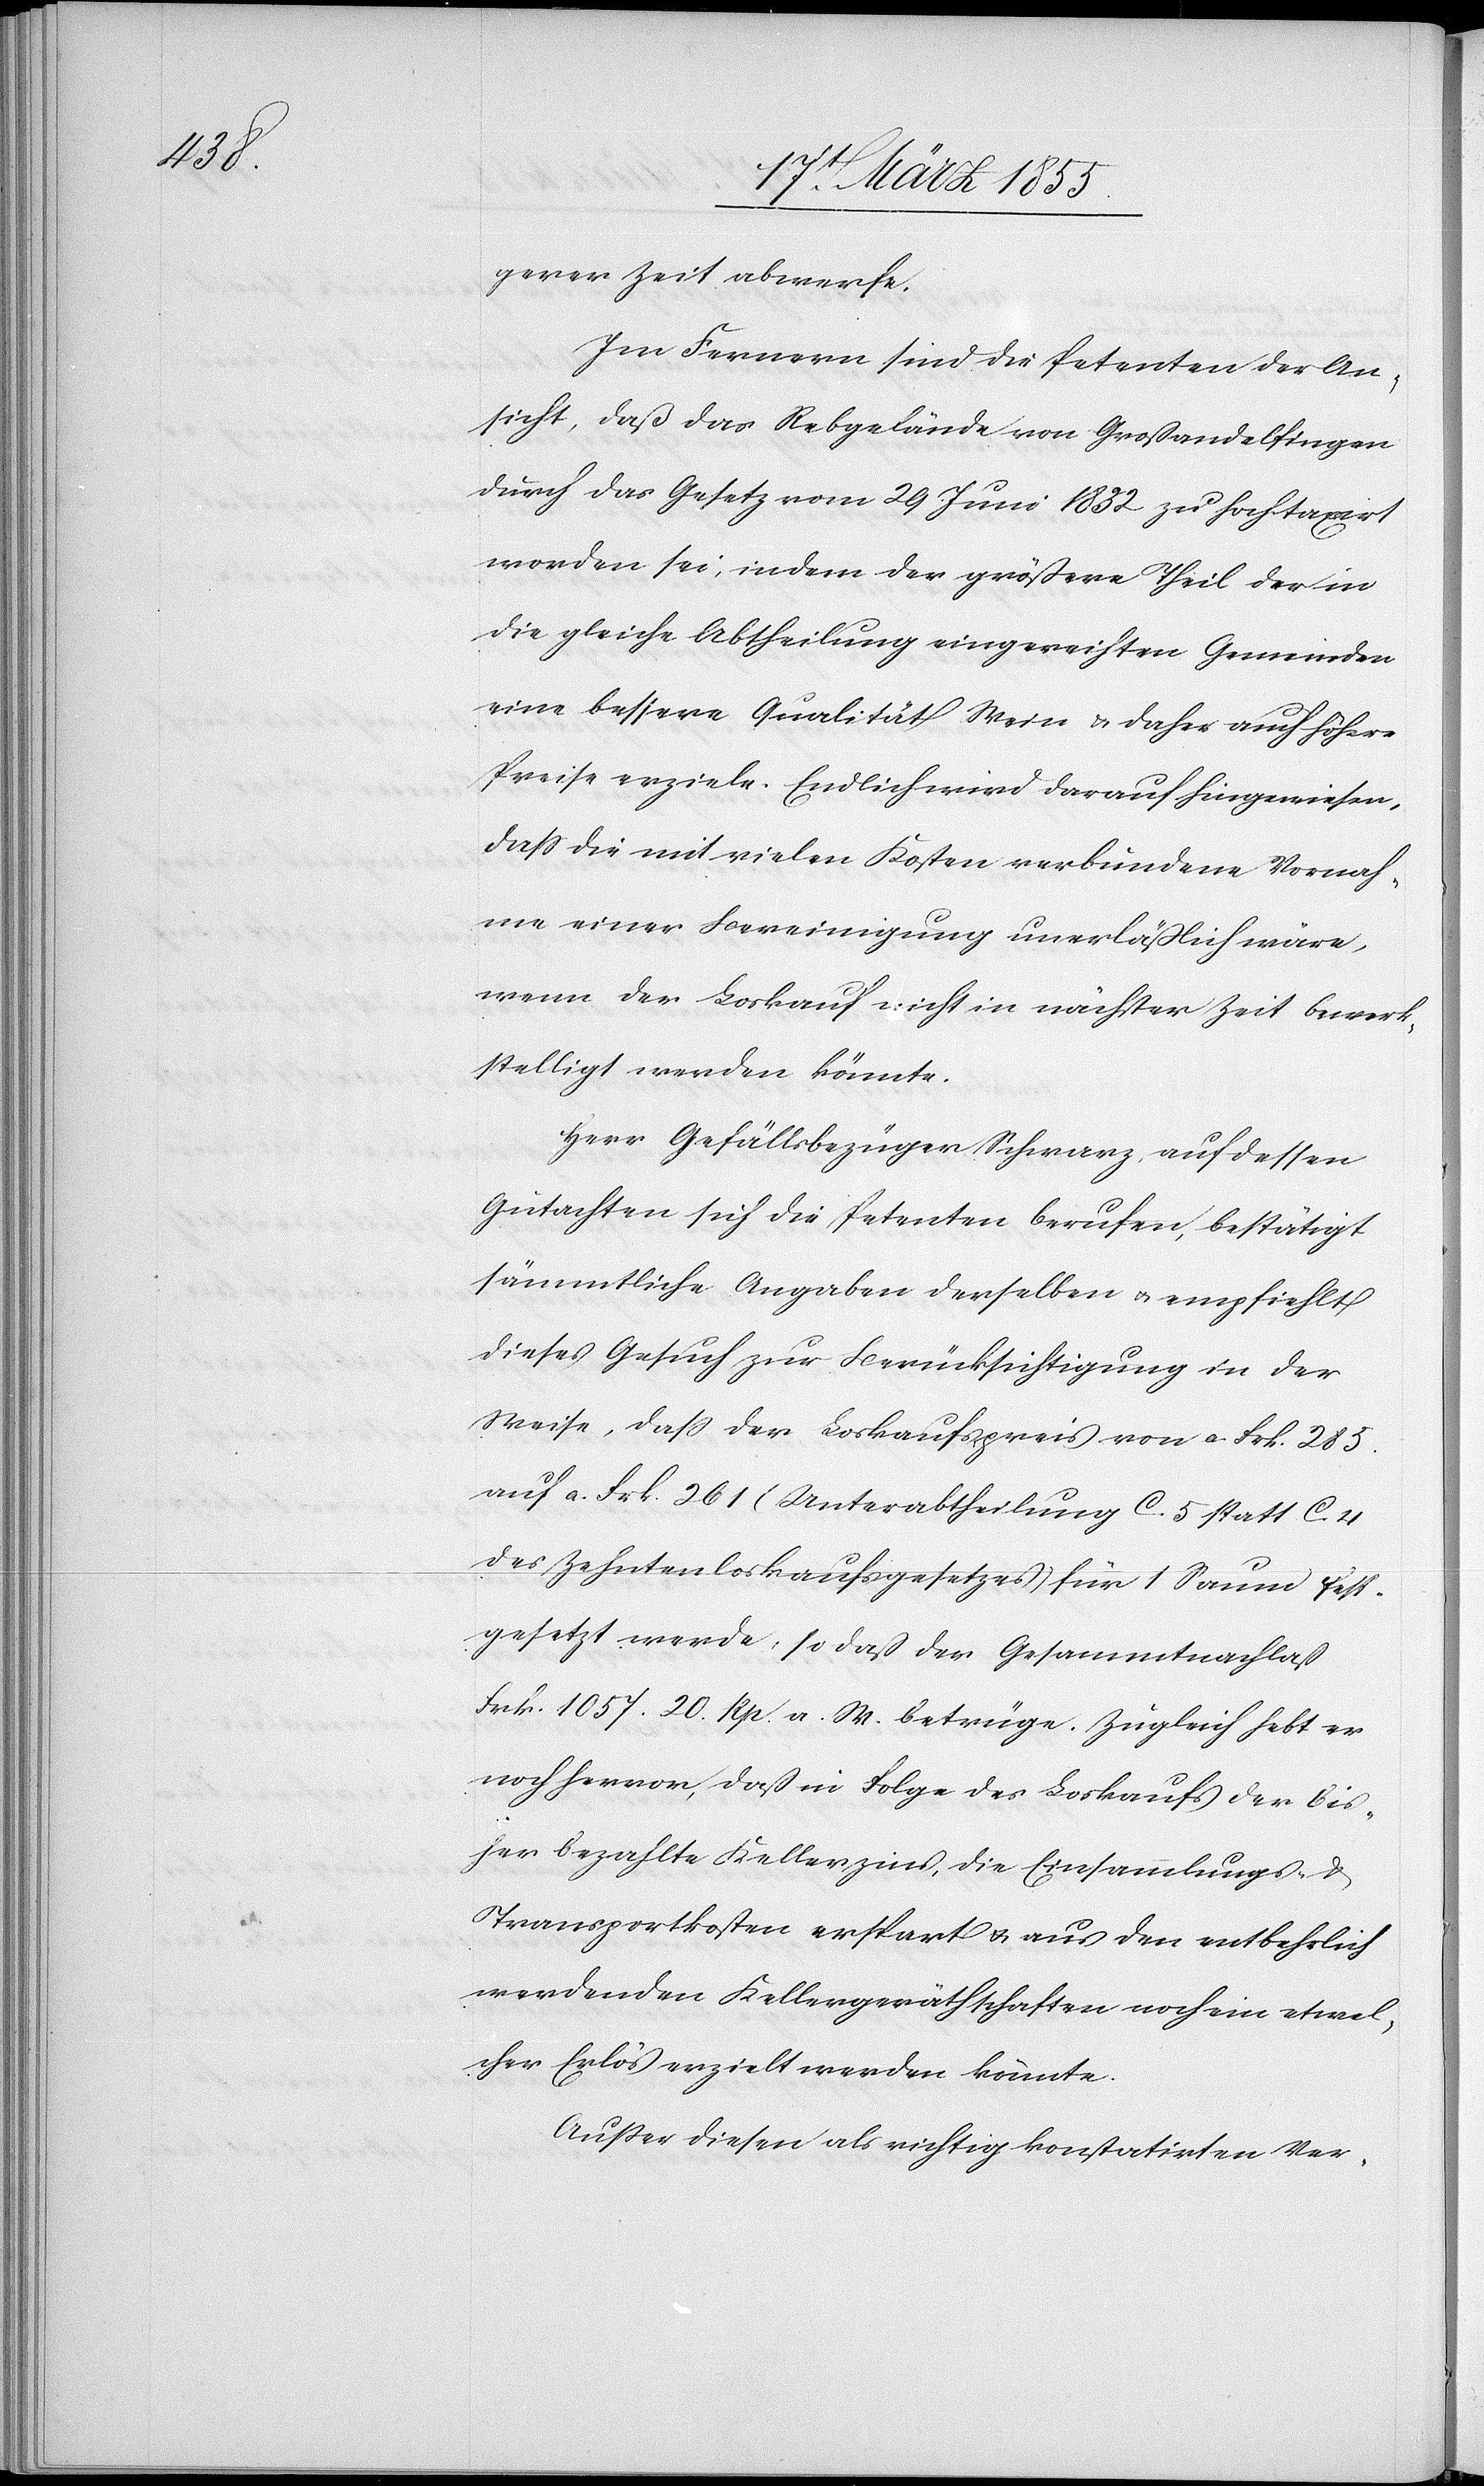
gerer Zeit abwerfe.
Im Fernern sind die Petenten der An¬
sicht, daß das Rebgelände von Großandelfingen
durch das Gesetz vom 29 Juni 1832 zu hoch taxirt
worden sei, indem der größere Theil der in
die gleiche Abtheilung eingereichten Gemeinden
eine bessere Qualität Wein & daher auch höhere
Preise erziele. Endlich wird darauf hingewiesen,
dass die mit vielen Kosten verbundene Vornah¬
me einer Bereinigung unerläßlich wäre,
wenn der Loskauf nicht in nächster Zeit bewerk¬
stelligt werden könnte.
Herr Gefällsbezüger Schwarz, auf dessen
Gutachten sich die Petenten berufen, bestätigt
sämmtliche Angaben derselben & empfiehlt
dieses Gesuch zur Berücksichtigung in der
Weise, dass der Loskaufspreis von a. Frk. 285.
auf a. Frk. 261 (Unterabtheilung C. 5 statt C. 4
des Zehntenloskaufsgesetzes) für 1 Saum fest¬
gesetzt werde, so daß der Gesammtnachlaß
Frk. 1057. 20. Rp. a. W. betrüge. Zugleich hebt er
noch hervor, daß in Folge des Loskaufs der bis¬
her bezahlte Kellerzins, die Einsammlungs- &
Transportkosten erspart & aus den entbehrlich
werdenden Kellergeräthschaften noch ein etwel¬
cher Erlös erzielt werden könnte.
Außer diesen als richtig konstatirten Ver-